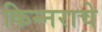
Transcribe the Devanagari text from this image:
किन्नराचे